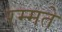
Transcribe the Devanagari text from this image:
रम्मते